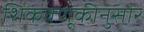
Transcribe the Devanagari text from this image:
शिकवणूकीनुसार